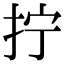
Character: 拧